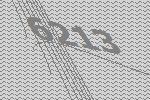
6213